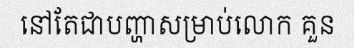
នៅតែជាបញ្ហាសម្រាប់លោក គួន